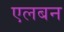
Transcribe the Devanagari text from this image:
एलबन